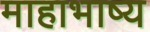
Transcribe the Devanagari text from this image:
माहाभाष्य